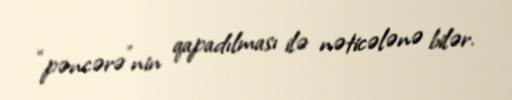
“pəncərə”nin qapadılması ilə nəticələnə bilər.